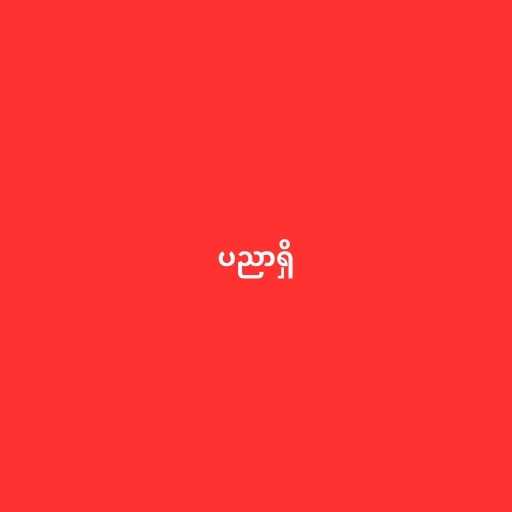
ပညာရှိ